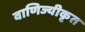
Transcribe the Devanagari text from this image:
वाणिज्यीकृत